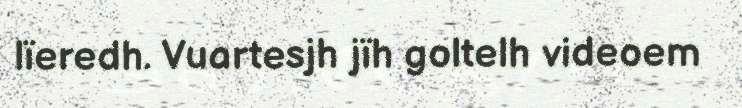
lïeredh. Vuartesjh jïh goltelh videoem